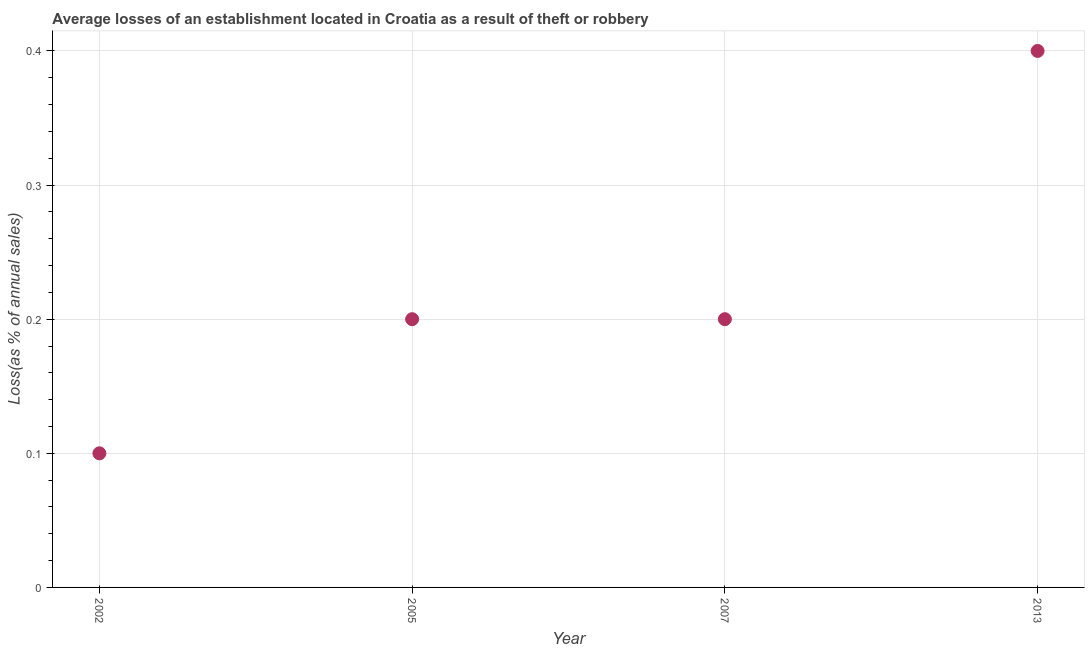
| Year | Losses due to theft |
 | --- | --- |
 | 2002 | 0.1 |
 | 2005 | 0.2 |
 | 2007 | 0.2 |
 | 2013 | 0.4 |